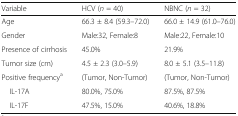
<table><thead><tr><td><b>Variable</b></td><td><b>HCV (<i>n</i> = 40)</b></td><td><b>NBNC (<i>n</i> = 32)</b></td></tr></thead><tbody><tr><td>Age</td><td>66.3 ± 8.4 (59.3–72.0)</td><td>66.0 ± 14.9 (61.0–76.0)</td></tr><tr><td>Gender</td><td>Male:32, Female:8</td><td>Male:22, Female:10</td></tr><tr><td>Presence of cirrhosis</td><td>45.0%</td><td>21.9%</td></tr><tr><td>Tumor size (cm)</td><td>4.5 ± 2.3 (3.0–5.9)</td><td>8.0 ± 5.1 (3.5–11.8)</td></tr><tr><td>Positive frequency<sup>a</sup></td><td>(Tumor, Non-Tumor)</td><td>(Tumor, Non-Tumor)</td></tr><tr><td> IL-17A</td><td>80.0%, 75.0%</td><td>87.5%, 87.5%</td></tr><tr><td> IL-17F</td><td>47.5%, 15.0%</td><td>40.6%, 18.8%</td></tr></tbody></table>